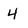
Character: 4